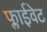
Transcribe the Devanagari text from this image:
फ्लाईवेट